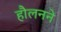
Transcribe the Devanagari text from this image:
हौलनने